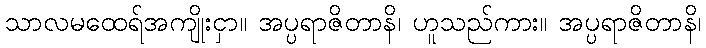
သာလမထေရ်အကျိုးငှာ။ အပ္ပရာဇိတာနိ၊ ဟူသည်ကား။ အပ္ပရာဇိတာနိ၊